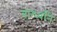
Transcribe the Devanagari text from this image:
वाग्ध्वनि